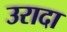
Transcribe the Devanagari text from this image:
उरादा